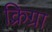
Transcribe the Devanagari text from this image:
क्रिग्रा